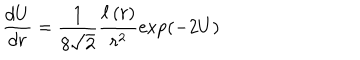
\frac { d U } { d r } = \frac { 1 } { 8 \sqrt { 2 } } \frac { \ell \left( r \right) } { r ^ { 2 } } \exp \left( - 2 U \right)